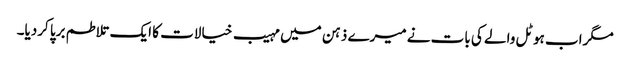
مگراب ہوٹل والے کی بات نے میرے ذہن میں مہیب خیالات کا ایک تلاطم برپا کردیا۔